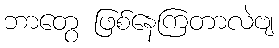
ဘာတွေ ဖြစ်နေကြတာလဲဗျ